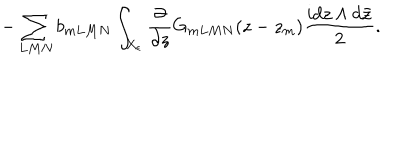
- \sum _ { L M N } b _ { m L M N } \int _ { X _ { \epsilon } } \frac { \partial } { \partial z } G _ { m L M N } ( z - z _ { m } ) \frac { i d z \wedge d \bar { z } } { 2 } .